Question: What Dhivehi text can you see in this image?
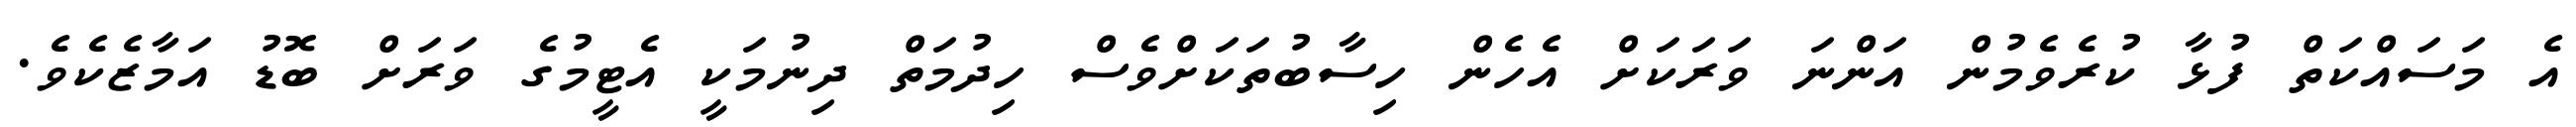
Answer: އެ މަސައްކަތް ފުޅާ ކުރެވެމުން އަންނަ ވަރަކަށް އެހެން ހިސާބުތަކަށްވެސް ހިދުމަތް ދިނުމަކީ އެޓީމުގެ ވަރަށް ބޮޑު އަމާޒެކެވެ.